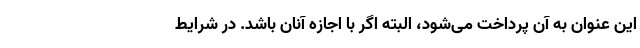
این عنوان به آن پرداخت می‌شود، البته اگر با اجازه آنان باشد. در شرایط